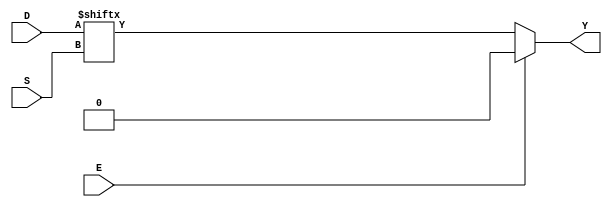
module multiplexor4(D, E, S, Y);
input [3:0] D;
input [1:0] S;
output reg Y;
input E;

always @(D or S or E) begin

if (E == 1)
  Y=0;
else
  Y=D[S];
end
endmodule

module test_multiplexor4;
reg [3:0] D;
reg [1:0] S;
wire Y;
reg E;
integer i;

multiplexor4 mymux(D, E, S, Y);
initial begin
  E=1; D=6;
  #20;
  E=0;
  for(i = 0; i < 4; i = i+1) begin
    S = i;
    #10;
  end
end


endmodule